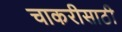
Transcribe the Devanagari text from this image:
चाकरीसाठी